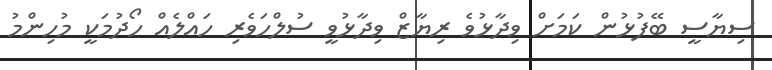
ސިޔާސީ ބޭފުޅުން ކަމަށް ވިދާޅުވެ ރިޔާޒް ވިދާޅުވީ ސުލްހަވެރި ހައްލެއް ހޯދުމަކީ މުހިންމު